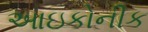
આઇકોનીક